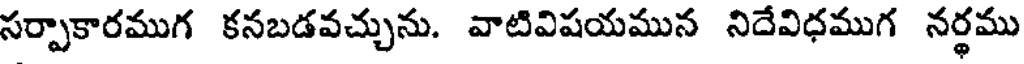
సర్పాకారముగ కనబడవచ్చును. వాటివిషయమున నిదేవిధముగ నర్థము